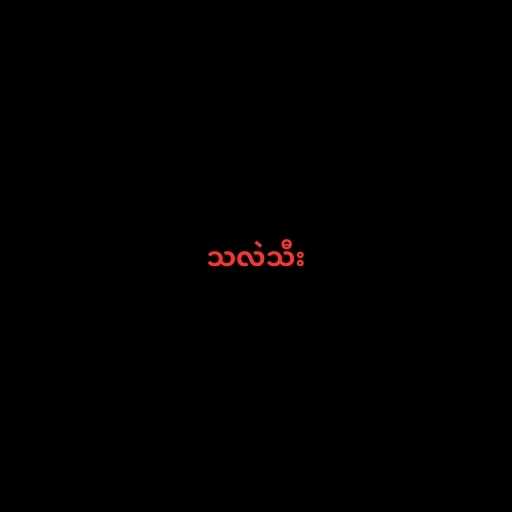
သလဲသီး